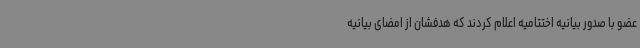
عضو با صدور بیانیه اختتامیه اعلام کردند که هدفشان از امضای بیانیه